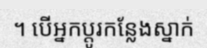
។ បើអ្នកប្តូរកន្លែងស្នាក់